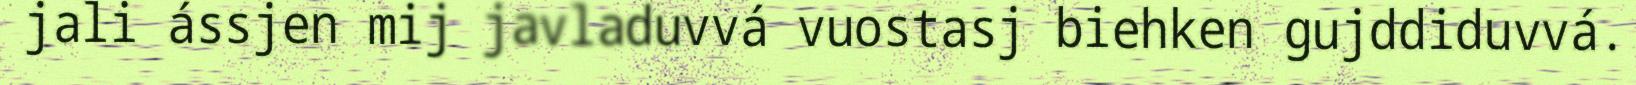
jali ássjen mij javladuvvá vuostasj biehken gujddiduvvá.